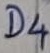
Text: D4